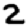
Digit: 2